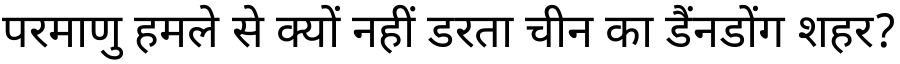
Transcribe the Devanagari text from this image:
परमाणु हमले से क्यों नहीं डरता चीन का डैंनडोंग शहर?